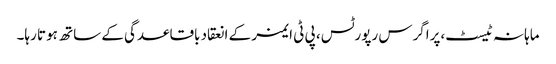
ماہانہ ٹیسٹ،پراگرس رپورٹس، پی ٹی ایمز کے انعقاد باقاعدگی کے ساتھ ہوتا رہا۔